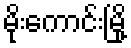
မိုးကောင်းမြို့